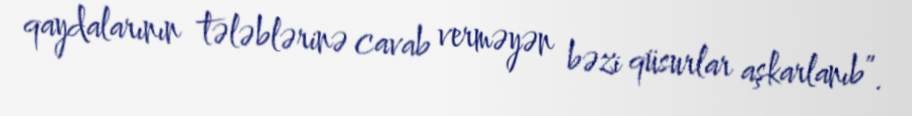
qaydalarının tələblərinə cavab verməyən bəzi qüsurlar aşkarlanıb”.